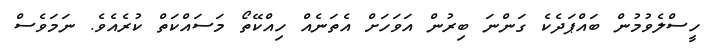
ހީސްލެވުމުން ބައްޕަދެކެ ގަންނަ ބިރުން އަވަހަށް އެތަނެއް ހިއްކޭތޯ މަސައްކަތް ކުރެއެވެ. ނަމަވެސް